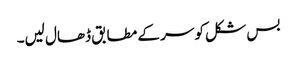
بس شکل کو سر کے مطابق ڈھال لیں۔